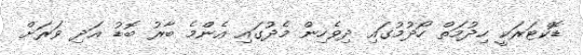
ޑޮކްޓަރަކީ ހިދުމަތް ހޯދުމުގައި ދިވެހިން މެދުގައި އެންމެ ބާރު ބޮޑު އަދި ވަރަށް